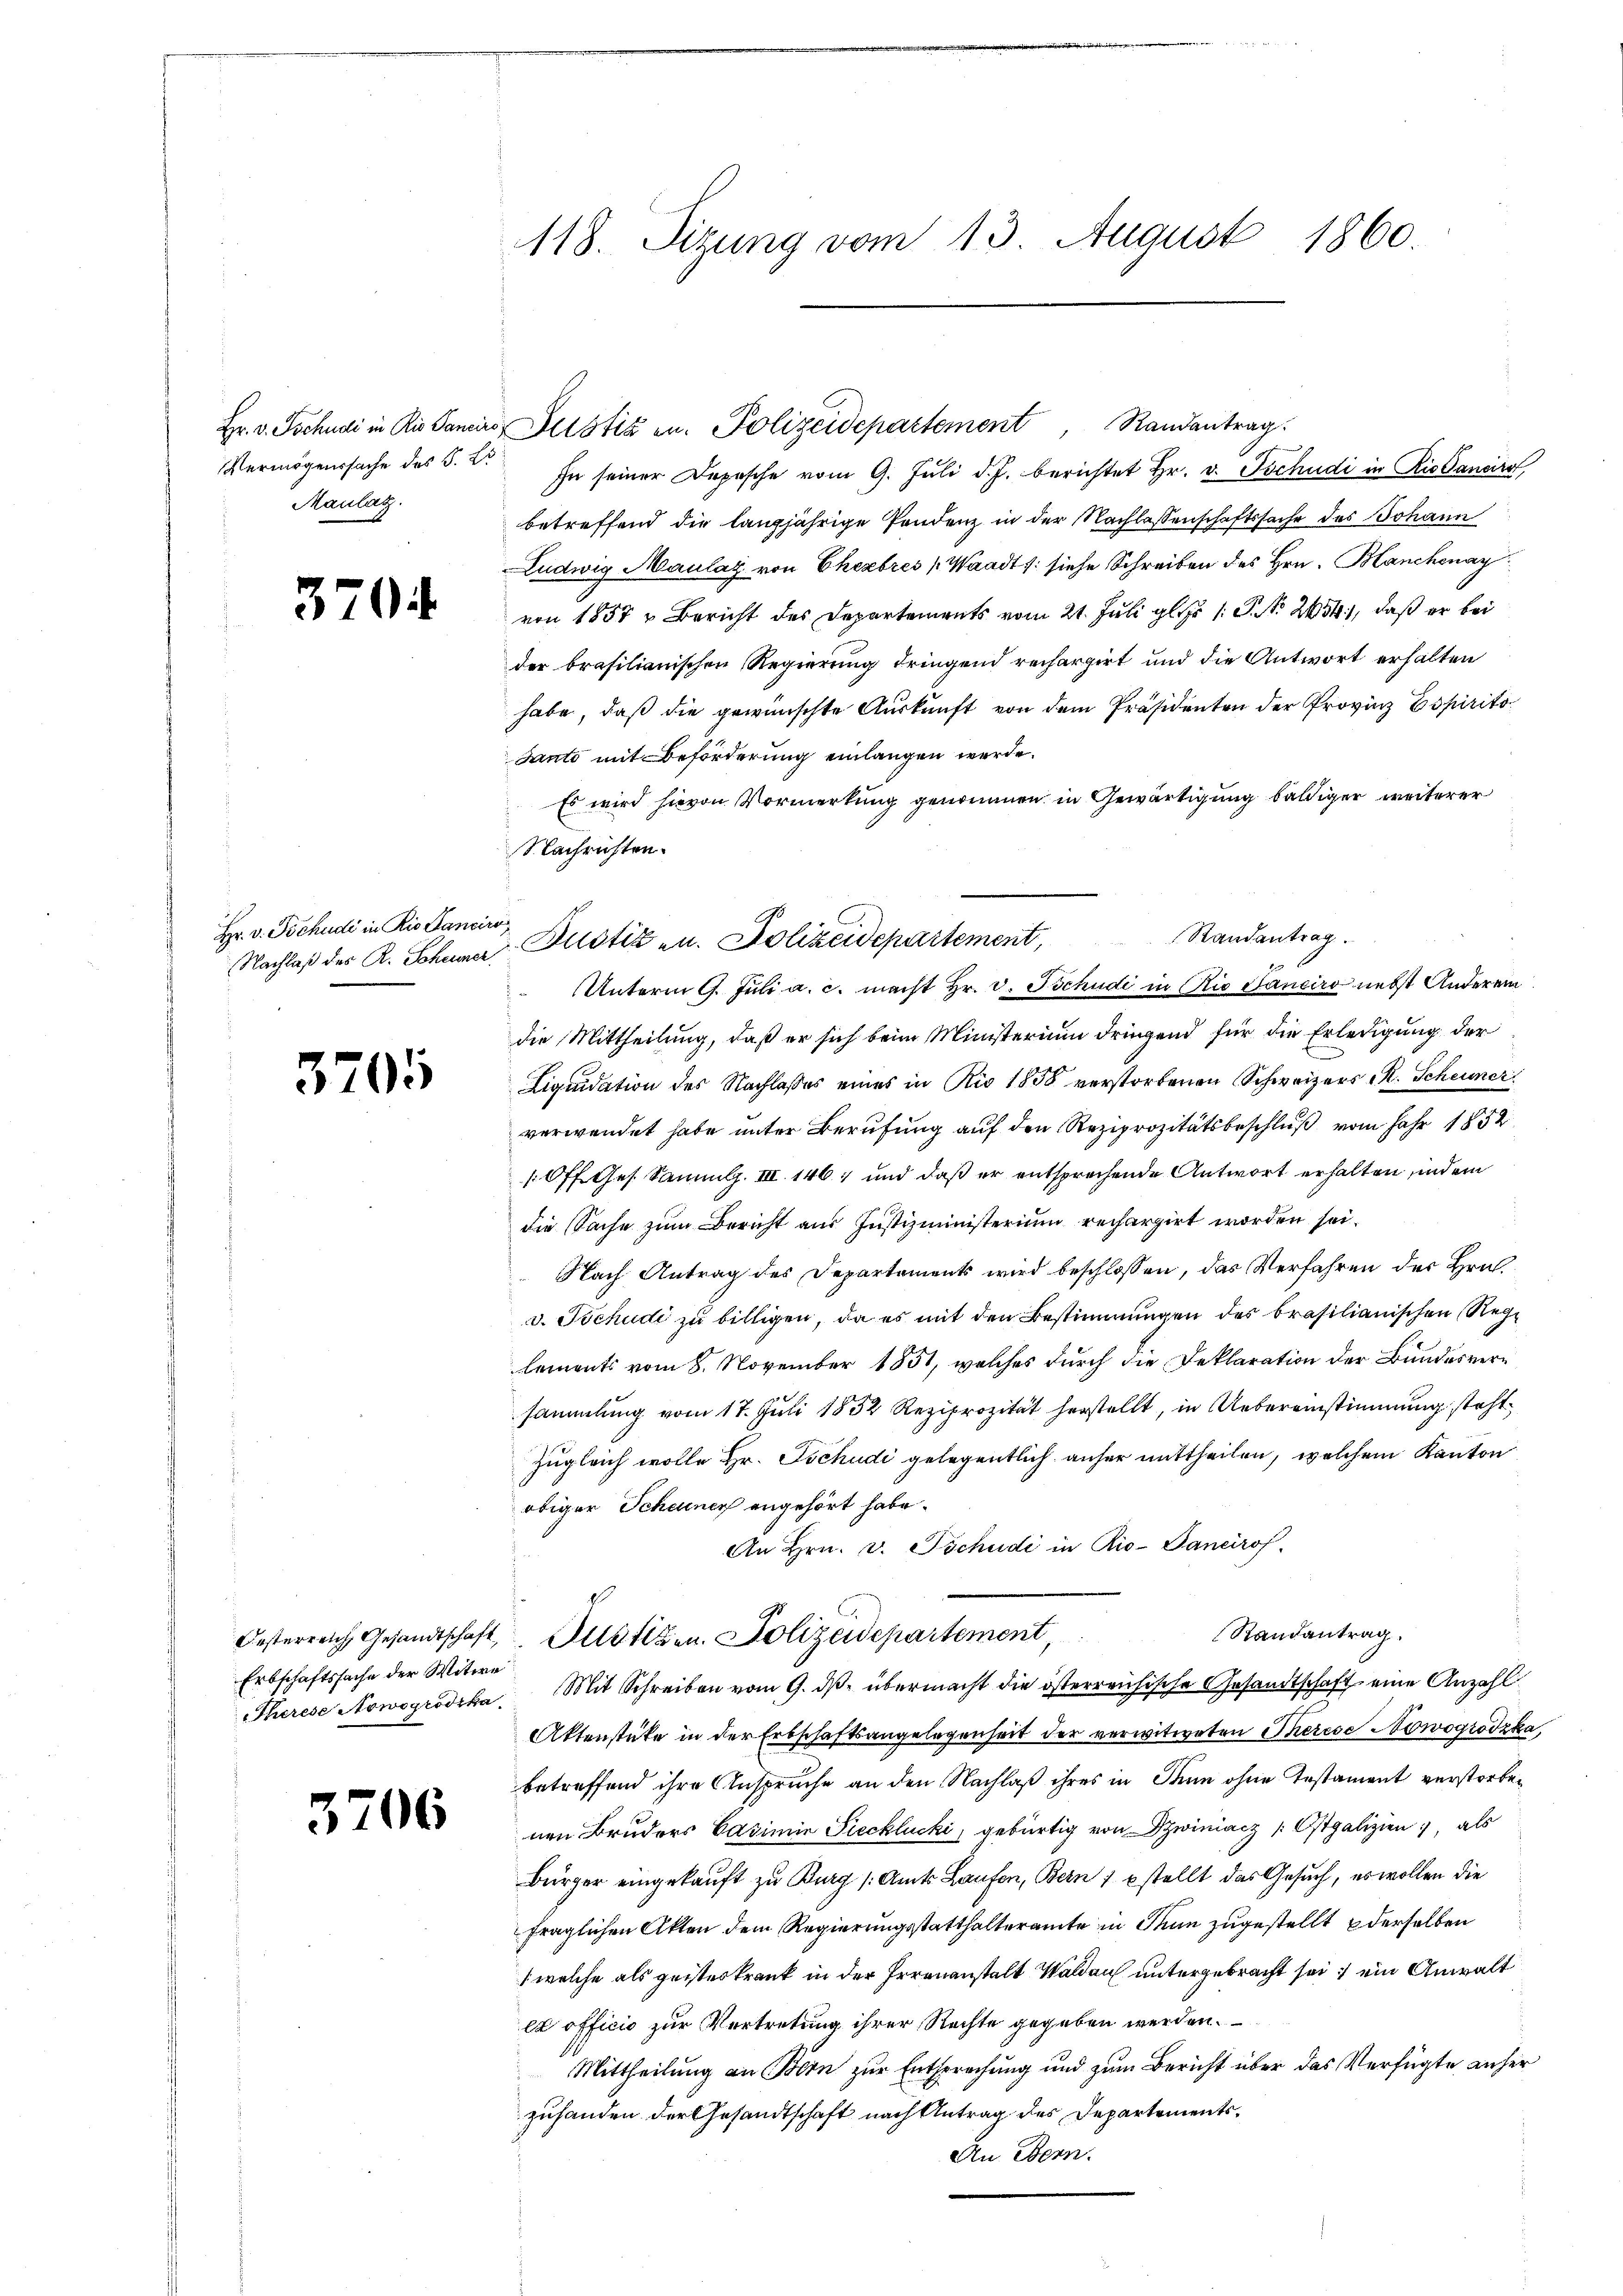
Vermögenssache des S. Le
Maulatz.

3704

Hr. v. Tschudi in Rio Cancire
Nachlaß des R. Scheuner,

3705

Erbschaftssache der Witwe

3706

118. Sizung vom 13. August 1860.

Hr. v. Tschudi in Ris Pancirs, Justiz zu. Polizeidepartement, Randantrag.
In seiner Depesche vom 9. Juli d. J. berichtet Hr. v. Tschudi in Rio dancirs,
betreffend die langjährige Pendenz in der Nachlassenschaftssache des Johann
Ludwig Maulay von Cherbres (Waadt v. siehe Schreiben des Hrn. Blanchenay
von 1857 u Bericht des Departements vom 21. Juli gl. 1. P. Nr. 254), daß er bei
der brasilianischen Regierung dringend rechargirt und die Antwort erhalten
habe, daß die gewünschte Auskunft von dem Präsidenten der Provinz Espirito
Santo mit Beförderung einlangen werde.
Es wird hievon Vormerkung genommen in Gewärtigung baldiger weiterer
Nachrichten.
g
Unterm 9. Juli a. c. macht Hr. v. Tschudi in Rio Sanciro nebst Anderem
die Mittheilung, daß er sich beim Ministerium dringend für die Erledigung der
Liquidation des Nachlasses eines in Rio 1858 verstorbenen Schweizers R. Scheuner
verwendet habe unter Berufung auf den Reziprozitätsbeschluß vom Jahr 1852
10 ff. Ges. Sammlg. III 146, und daß er entsprochende Antwort erhalten, indem
die Sache zum Bericht aus Justizministerium rechargirt worden sei.
Nach Antrag des Departements wird beschlossen, das Verfahren der Hrn.
v. Tschudi zu billigen, da es mit den Bestimmungen des brasilianischen Rege
lements vom 8. November 1851, welches durch die Deklaration der Bundesversammlung vom 17. Juli 1832 Reziprozität herstellt, in Uebereinstimmung steht
Zugleich wolle Hr. Tschudi gelegentlich anher mittheilen, welchem Kanton
obiger Scheuner angehört habe.
An Hrn. v. Tschudi in Rio-Gancirof.
Randantrag.
Oesterreich, Gesandtschaft Zustizen. Polizeidepartement,
Therese Nowogrodika. Mit Schreiben vom 9. dβ übermacht die österreichische Gesandtschaft eine Anzahl
Aktenstüke in der Erbschaftsangelegenheit der verwitweten Therese Nowogrodzka,
betreffend ihre Anspruche an den Nachlaß ihres in Sinn ohne Testament verstorbenen Bruders Casimia Precklecki, gebürtig von Swiniacz /: Ostgalizien, als
Bürger eingekauft zu Burg (Amts Laufen, Bern 1 stellt das Gesuch, es wollen die
fraglichen Akten dem Regierungsstatthalteramte in Thun zugestellt derselben
(welche als geisteskrank in der Irrenanstalt Waldau untergebracht sei ein Anwalt
ex officio zur Vertretung ihrer Rechte gegeben werden.
Mittheilung an Bern zur Entsprechung und zum Bericht über das Verfügte anher
zuhanden der Gesandtschaft nach Antrag des Departements¬
An Bern.

Randantrag
 Justiz- u. Polizeidepartement,